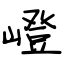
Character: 嶝